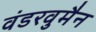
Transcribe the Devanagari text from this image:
वंडरवुमैन